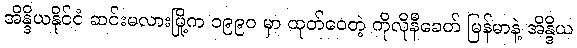
အိန္ဒိယနိုင်ငံ ဆင်းမလားမြို့က ၁၉၉၀ မှာ ထုတ်ဝေတဲ့ ကိုလိုနီခေတ် မြန်မာနဲ့ အိန္ဒိယ